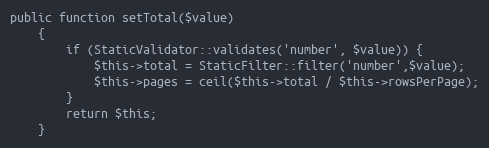
Language: PHP
public function setTotal($value)
    {
        if (StaticValidator::validates('number', $value)) {
            $this->total = StaticFilter::filter('number',$value);
            $this->pages = ceil($this->total / $this->rowsPerPage);
        }
        return $this;
    }